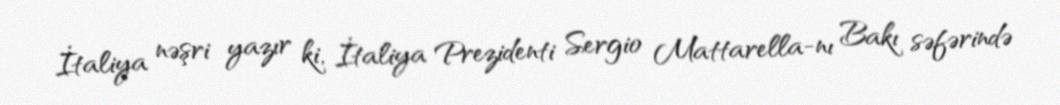
İtaliya nəşri yazır ki, İtaliya Prezidenti Sergio Mattarella-nı Bakı səfərində